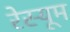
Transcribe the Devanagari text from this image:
रेस्यूम